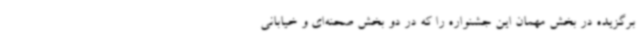
برگزیده در بخش مهمان این جشنواره را که در دو بخش صحنه‌ای و خیابانی